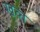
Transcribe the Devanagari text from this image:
खब्त